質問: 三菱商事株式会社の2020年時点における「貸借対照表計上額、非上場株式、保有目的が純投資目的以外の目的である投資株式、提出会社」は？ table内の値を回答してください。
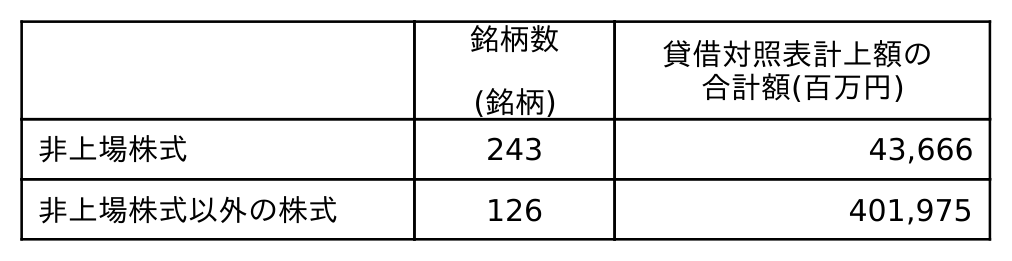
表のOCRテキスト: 銘柄数 (銘柄) 貸借対照表計上額の 合計額(百万円) 非上場株式 243 43,666 非上場株式以外の株式 126 401,975
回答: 43,666